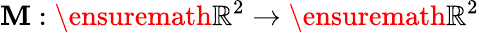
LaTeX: \mathbf{M}:\ensuremath{{\mathbb{{R}}}}^{2}\to\ensuremath{{\mathbb{{R}}}}^{2}